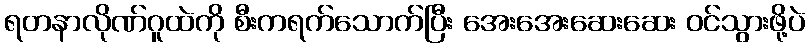
ရတနာလိုဏ်ဂူထဲကို စီးကရက်သောက်ပြီး အေးအေးဆေးဆေး ဝင်သွားဖို့ပဲ